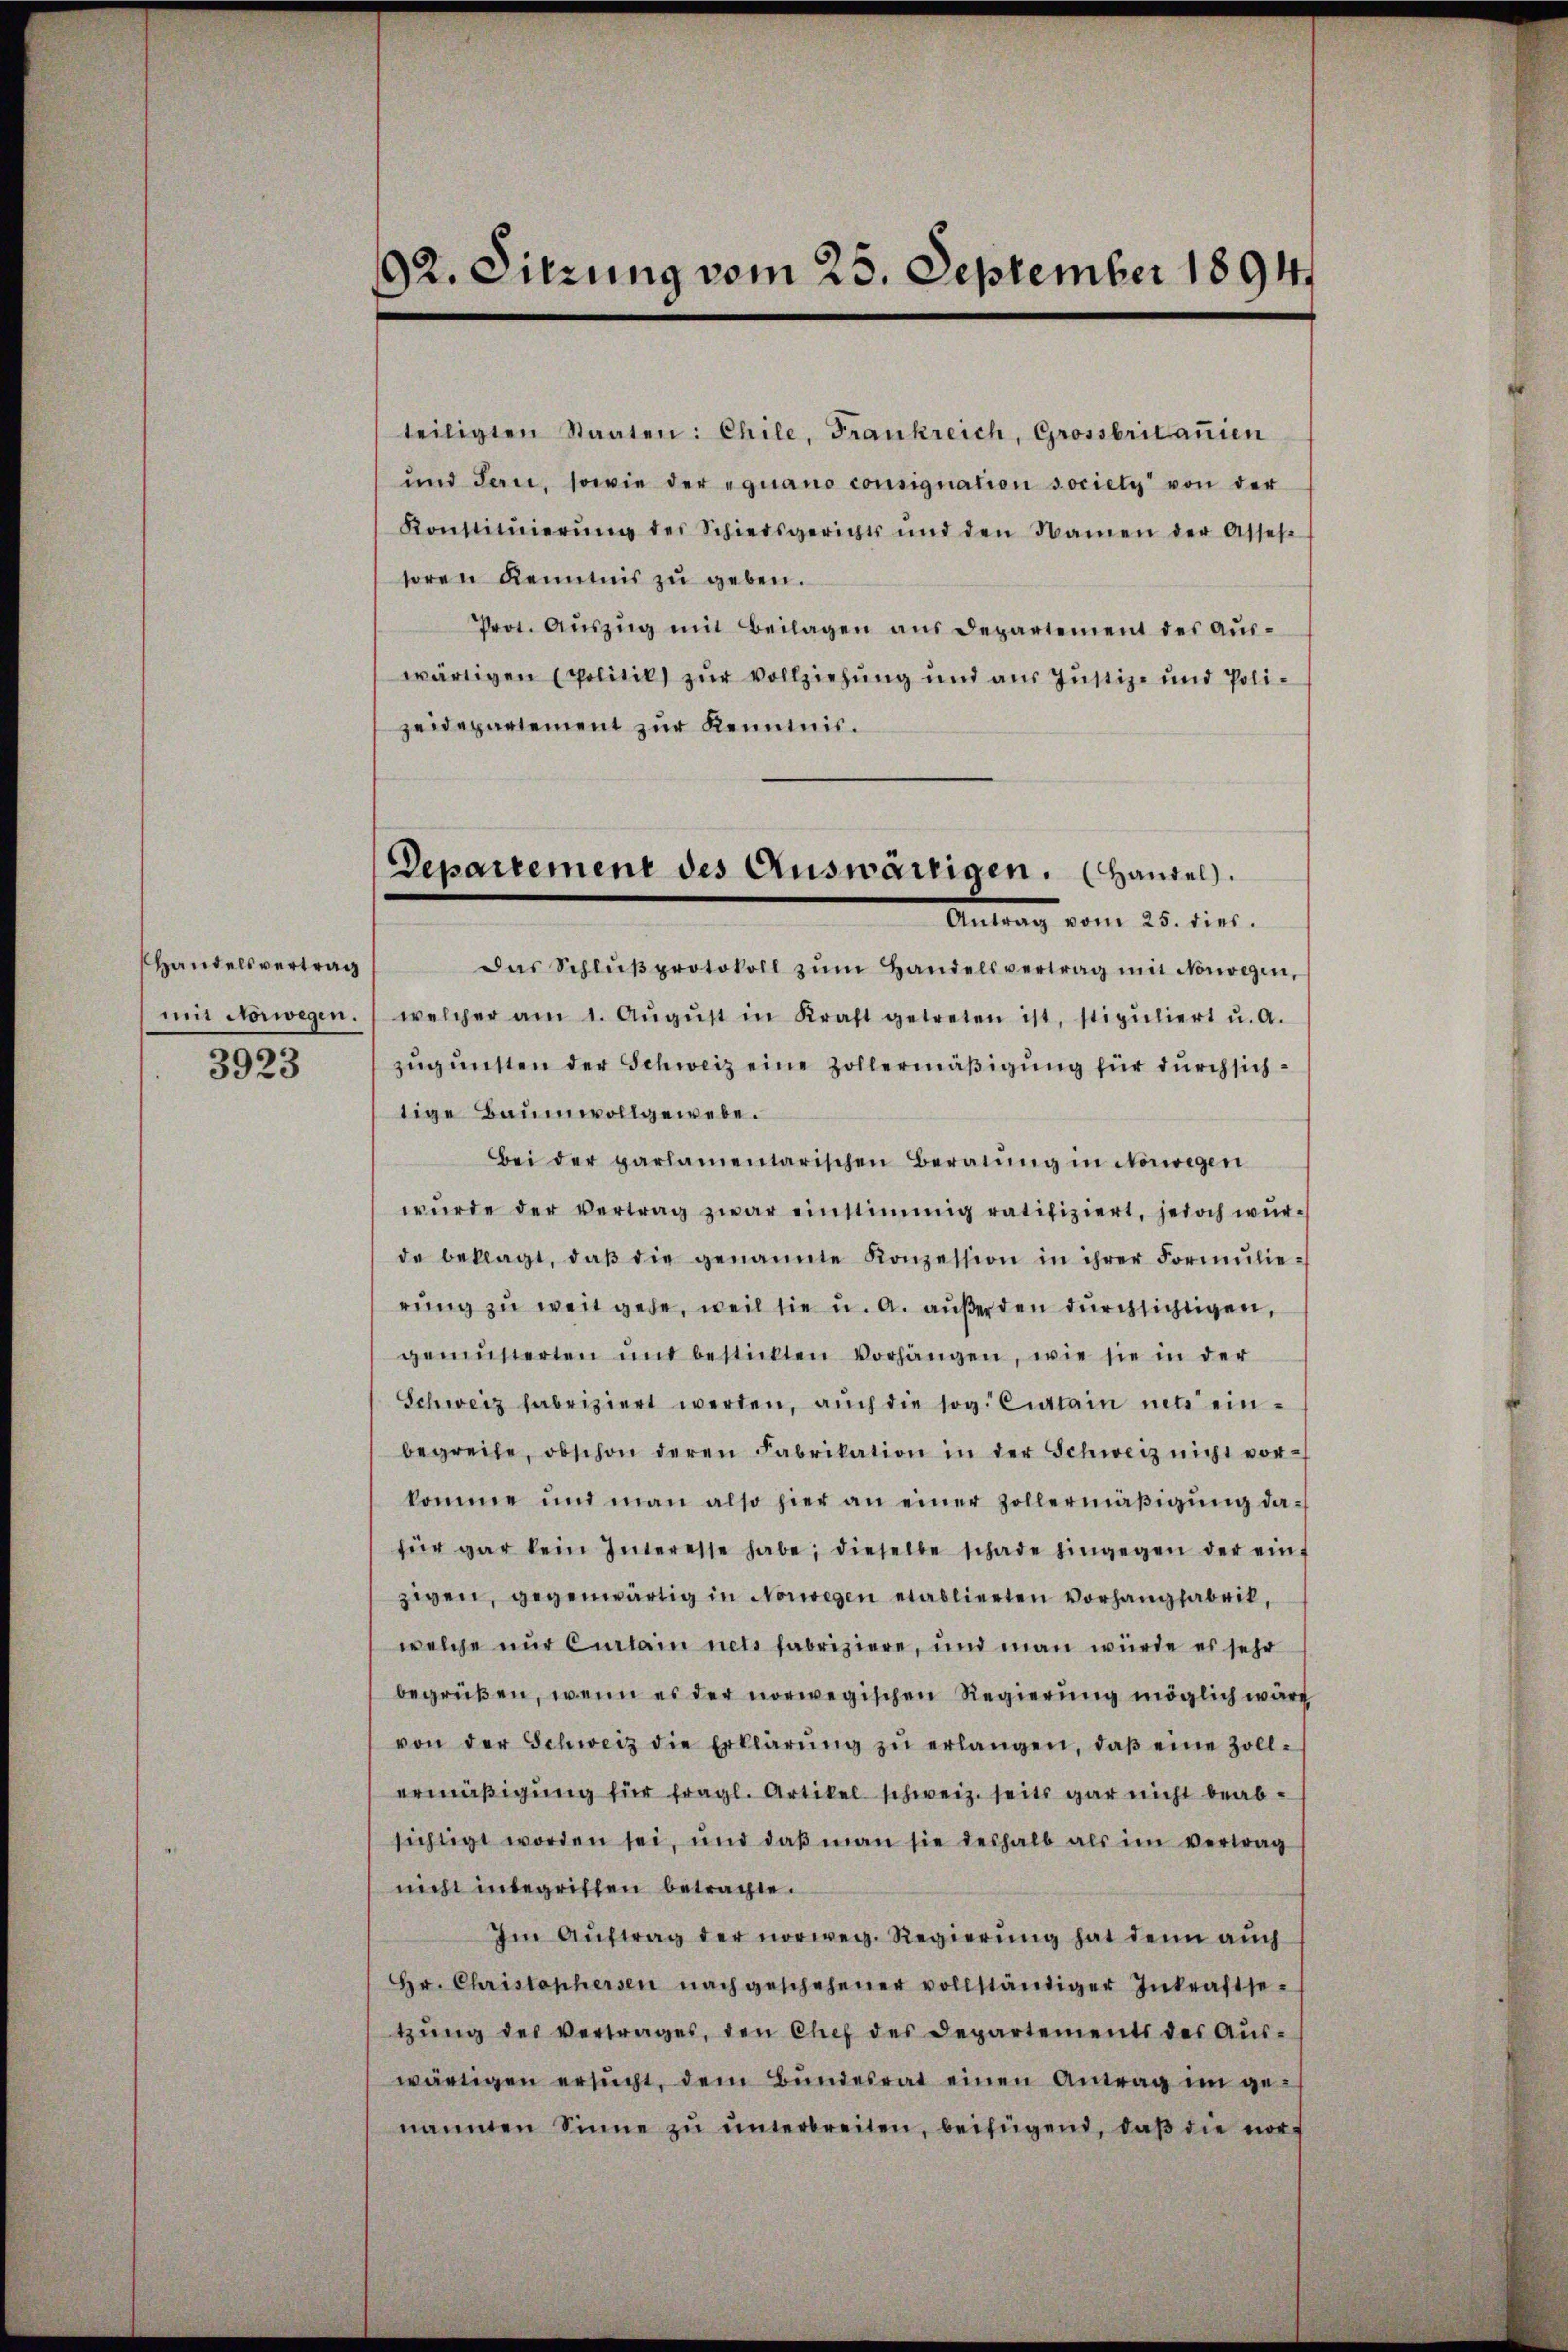
Handelsvertrag
3923

92. Sitzung vom 25. September 1894

teiligten Staaten: Chile, Frankreich, Grossbritanien
und San, sowie der eguano consignation sociely von der
Konstitŭierŭng des Schiedsgerichts und den Namen der Asses
toren Kenntnis zu geben.
Prot. Aŭszŭg mit Beilagen aus Departement des Auswärtigen Politik zur Vollziehung und aus Justiz- und Poli-
zeidepartement zur Kenntnis.
Das Schlŭβprotokoll zŭm Handelsvertrag mit Vorwegen,
mit Vorwegen. welcher am 1. Aŭgŭst in Kraft getreten ist, stipuliert u. A.
zŭgŭnsten der Schweiz eine Zollermäßigung für durchsichtige Baumwollgewebe.
Bei der parlamentarischen Beratŭng in Norwegen
wŭrde der vertrag zwar einstimmig ratifiziert, jedoch würde beklagt, daβ die genannte Konzession in ihrer Formŭlie-
rŭng zu weit gebe, weil sie u. a. außerden durchsichtigen,
gemüsserten und bestickten Vorhängen, wie sie in der
Schweiz fabriziert werden, aŭch die sog. Citain mit einbegreife, obschon deren Fabrikation in der Schweiz nicht vor-
komme und man also hier an einer Zollermäβigŭng da-
für gar kein Interesse habe dieselbe schade hingegen der ein-
zien, gegenwärtig in Norwegen etablierten Vorhangsabrik,
welche nur Curlain nets fabriziere, und man würde es sehr
begrüßen, wenn es der norwegischen Regierŭng möglich wäre
von der Schweiz die Erklärŭng zŭ erlangen, daβ eine Zoll-
ermäßigung für fragl. Artikel schweiz. seits gar nicht beabsichtigt worden sei, und daβ man sie deshalb als im vertrag
nicht inbegriffen betragte.
Im Aŭftrag der norweg. Regierung hat denn auch
Hr. Christophersen nach geschehener vollständiger Inkraftse-
tzŭng des Vertrages, den Chef des Departements des Aŭs-
wärtigen ersŭcht, dem Bŭndesrat einen Antrag im ge-
nannten Sinne zŭ ŭnterbreiten, beifügend, daβ die noc

Departement des Auswärtigen. Handel.
Antrag vom 25. dies.